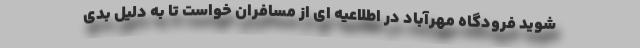
شوید فرودگاه مهرآباد در اطلاعیه ای از مسافران خواست تا به دلیل بدی